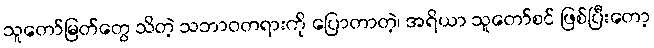
သူတော်မြတ်တွေ သိတဲ့ သဘာဝတရားကို ပြောတာတဲ့၊ အရိယာ သူတော်စင် ဖြစ်ပြီးတော့